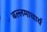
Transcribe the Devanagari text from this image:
बल्लमाचार्य